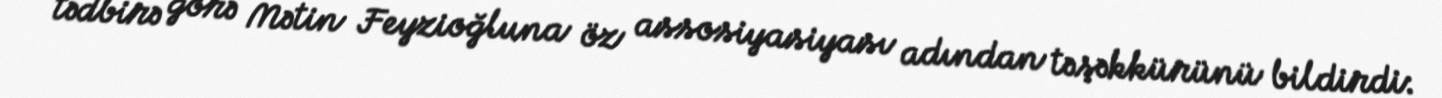
tədbirə görə Mətin Feyzioğluna öz assosiyasiyası adından təşəkkürünü bildirdi: